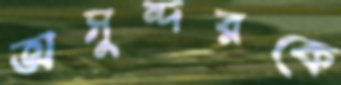
অসুন্দরকে